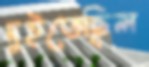
দুইতেছিল